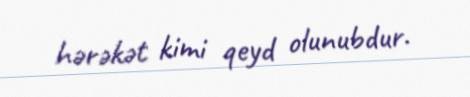
hərəkət kimi qeyd olunubdur.